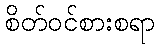
စိတ်ဝင်စားစရာ